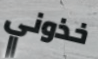
خذوني